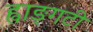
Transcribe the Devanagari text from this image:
ह्वाङ्‌गटी